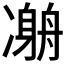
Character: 𠘇